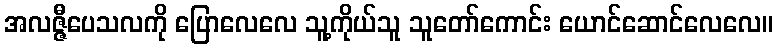
အလဇ္ဇီပေသလကို ပြောလေလေ သူ့ကိုယ်သူ သူတော်ကောင်း ယောင်ဆောင်လေလေ။